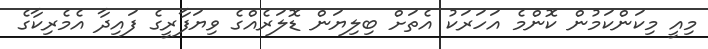
މިއީ މިކަންކަމުން ކޮންމެ އަހަރަކު އެތަށް ބިލިޔަން ޑޮލަރެއްގެ ވިޔަފާރީގެ ފައިދާ އެމެރިކާގެ